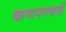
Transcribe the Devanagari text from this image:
खाऱ्यापाण्याची